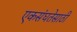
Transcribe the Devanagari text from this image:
एकसंघतेसाठी